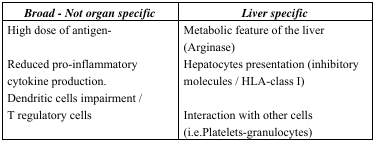
| Broad - Not organ specific | Liver specific |
 | --- | --- |
 | High dose of antigen- | Metabolic feature of the liver (Arginase) |
 | Reduced pro-inflammatory cytokine production. | Hepatocytes presentation (inhibitory molecules / HLA-class I) |
 | Dendritic cells impairment / T regulatory cells | Interaction with other cells (i.e.Platelets-granulocytes) |